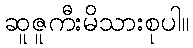
ဆူဇူကီးမိသားစုပါ။